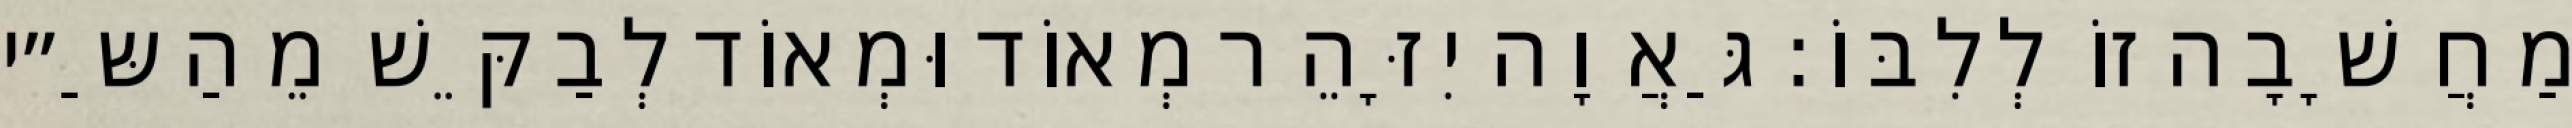
מַחֲשָׁבָה זוֹ לְלִבּוֹ: גַּאֲוָה יִזָּהֵר מְאוֹד וּמְאוֹד לְבַקֵּשׁ מֵהַשַּ״י